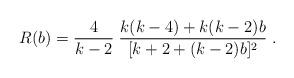
LaTeX: \begin{align*}R(b)=\frac{4}{k-2}\;\frac{k(k-4)+k(k-2)b}{[k+2+(k-2)b]^2} \; .\end{align*}